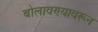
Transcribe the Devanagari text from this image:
बोलावण्यावरून